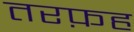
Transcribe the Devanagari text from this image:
तरफ़ह